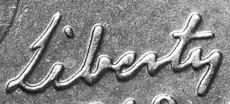
lilenty